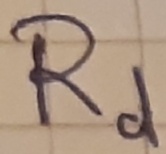
Text: Rd